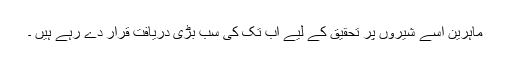
ماہرین اسے شیروں پر تحقیق کے لیے اب تک کی سب بڑی دریافت قرار دے رہے ہیں ۔